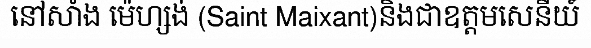
នៅសាំង ម៉េហ្សង់ (Saint Maixant)និងជាឧត្តមសេនីយ៍